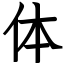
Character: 体